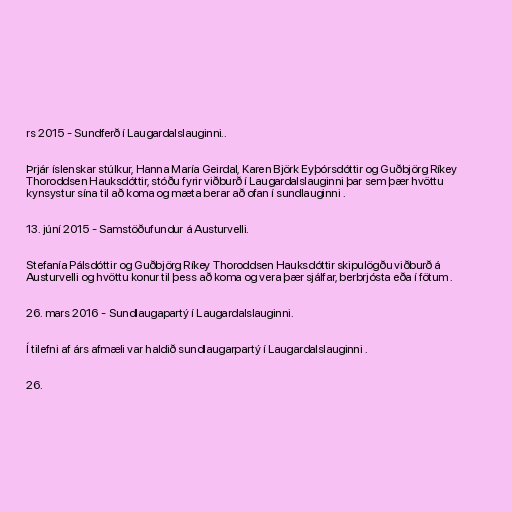
rs 2015 - Sundferð í Laugardalslauginni..

Þrjár íslenskar stúlkur, Hanna María Geirdal, Karen Björk Eyþórsdóttir og Guðbjörg Ríkey
Thoroddsen Hauksdóttir, stóðu fyrir viðburð í Laugardalslauginni þar sem þær hvöttu
kynsystur sína til að koma og mæta berar að ofan í sundlauginni .

13. júní 2015 - Samstöðufundur á Austurvelli.

Stefanía Pálsdóttir og Guðbjörg Ríkey Thoroddsen Hauksdóttir skipulögðu viðburð á
Austurvelli og hvöttu konur til þess að koma og vera þær sjálfar, berbrjósta eða í fötum .

26. mars 2016 - Sundlaugapartý í Laugardalslauginni.

Í tilefni af árs afmæli var haldið sundlaugarpartý í Laugardalslauginni .

26.